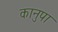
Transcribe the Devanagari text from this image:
कानुपा